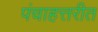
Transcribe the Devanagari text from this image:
पंचाहत्तरीत